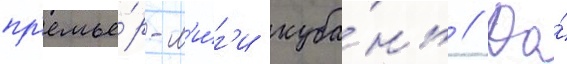
пр'емье́р-л'и́г'и куба́нь // До́